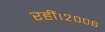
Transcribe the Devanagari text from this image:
रहीं।२००६